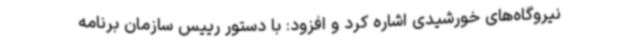
نیروگاه‌های خورشیدی اشاره کرد و افزود: با دستور رییس سازمان برنامه